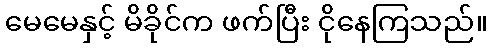
မေမေနှင့် မိခိုင်က ဖက်ပြီး ငိုနေကြသည်။